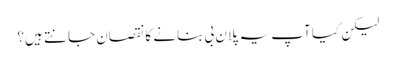
لیکن کیا آپ یہ پلان بی بنانے کا نقصان جانتے ہیں؟